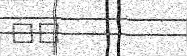
٤٧